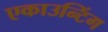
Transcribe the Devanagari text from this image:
एकाउन्टिंग